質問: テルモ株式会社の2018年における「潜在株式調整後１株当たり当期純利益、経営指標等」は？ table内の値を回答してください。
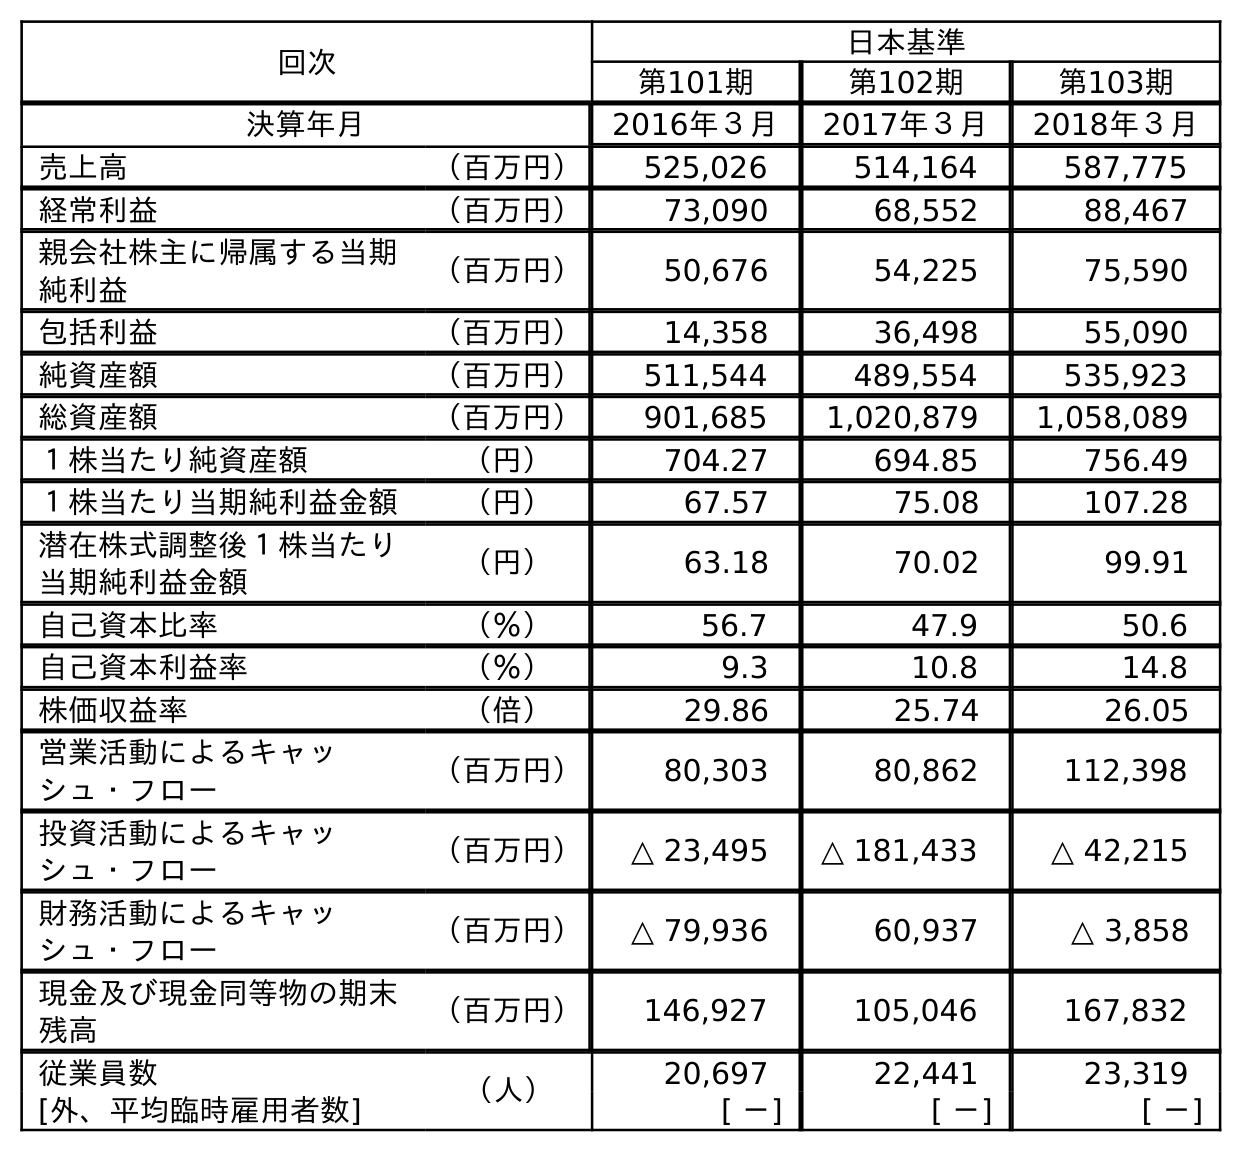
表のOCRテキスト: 回次 日本基準 第101期 第102期 第103期 決算年月 2016年３月 2017年３月 2018年３月 売上高 （百万円） 525,026 514,164 587,775 経常利益 （百万円） 73,090 68,552 88,467 親会社株主に帰属する当期 純利益 （百万円） 50,676 54,225 75,590 包括利益 （百万円） 14,358 36,498 55,090 純資産額 （百万円） 511,544 489,554 535,923 総資産額 （百万円） 901,685 1,020,879 1,058,089 １株当たり純資産額 （円） 704.27 694.85 756.49 １株当たり当期純利益金額 （円） 67.57 75.08 107.28 潜在株式調整後１株当たり 当期純利益金額 （円） 63.18 70.02 99.91 自己資本比率 （％） 56.7 47.9 50.6 自己資本利益率 （％） 9.3 10.8 14.8 株価収益率 （倍） 29.86 25.74 26.05 営業活動によるキャッ シュ・フロー （百万円） 80,303 80,862 112,398 投資活動によるキャッ シュ・フロー （百万円） △ 23,495 △ 181,433 △ 42,215 財務活動によるキャッ シュ・フロー （百万円） △ 79,936 60,937 △ 3,858 現金及び現金同等物の期末 残高 （百万円） 146,927 105,046 167,832 従業員数 （人） 20,697 22,441 23,319 [外、平均臨時雇用者数] [ －] [ －] [ －]
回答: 99.91